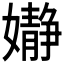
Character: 𮱙